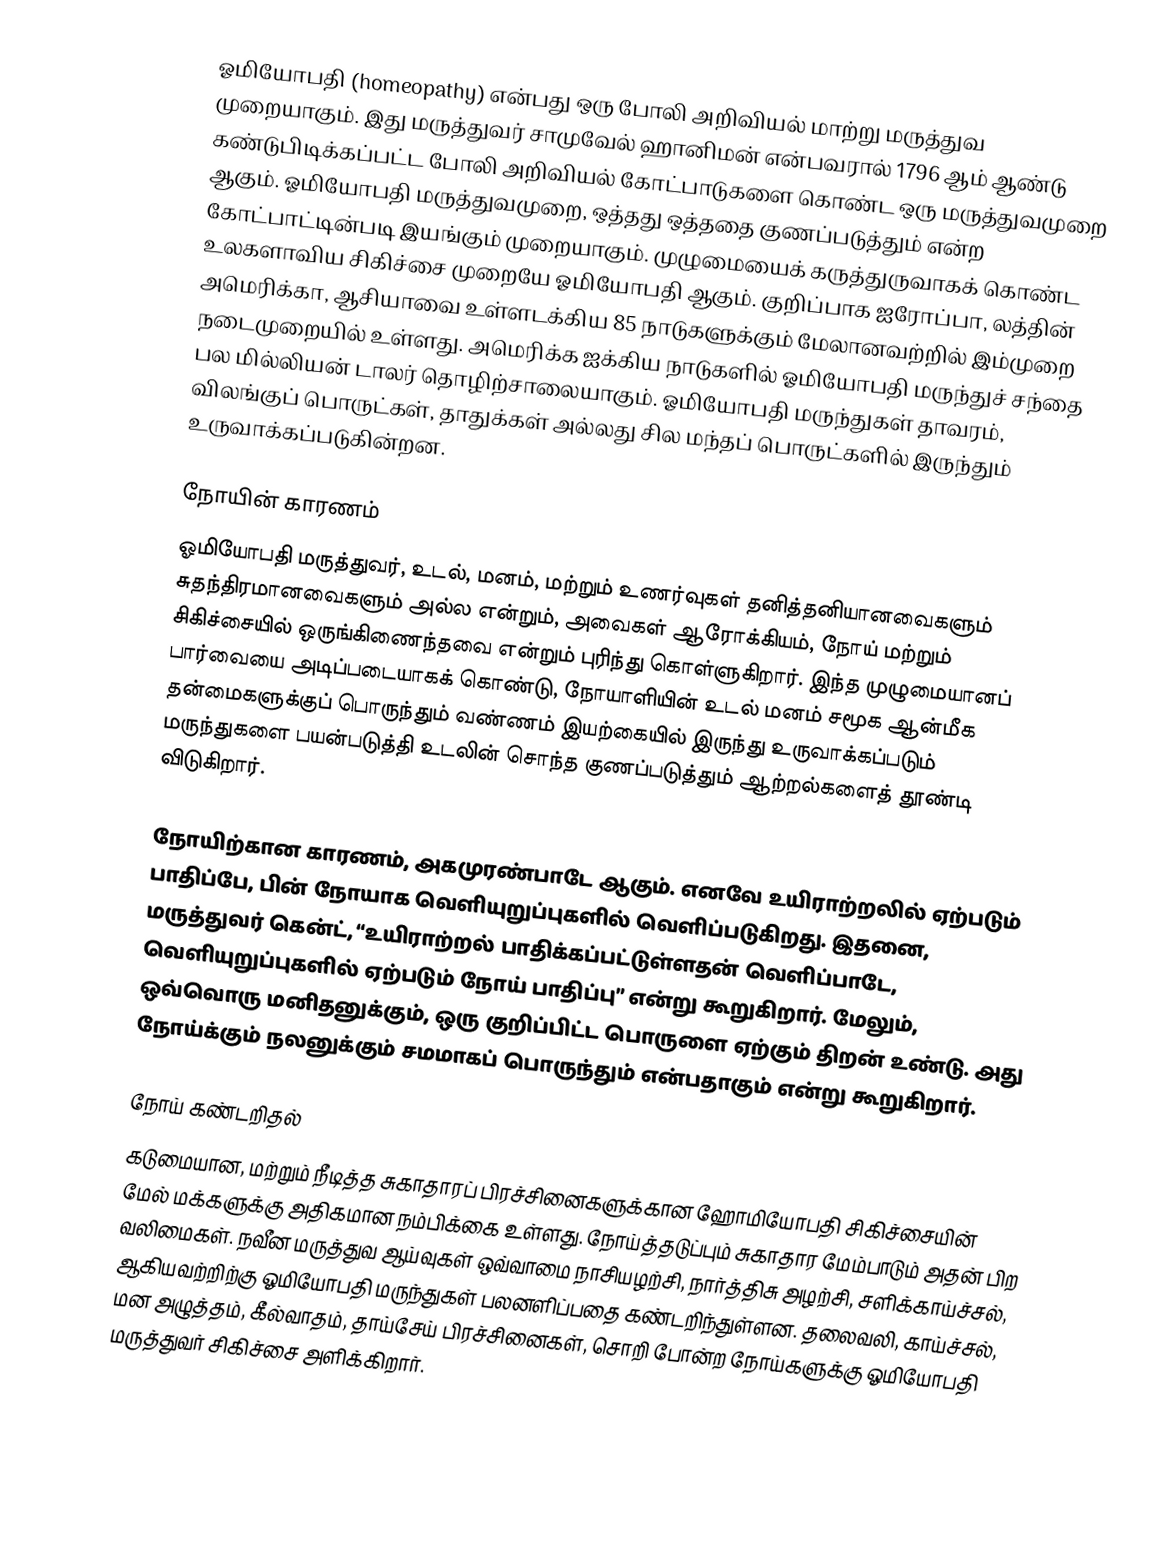
ஓமியோபதி (homeopathy) என்பது ஒரு போலி அறிவியல் மாற்று மருத்துவ முறையாகும். இது மருத்துவர் சாமுவேல் ஹானிமன் என்பவரால் 1796 ஆம் ஆண்டு கண்டுபிடிக்கப்பட்ட போலி அறிவியல் கோட்பாடுகளை கொண்ட ஒரு மருத்துவமுறை ஆகும். ஓமியோபதி மருத்துவமுறை, ஒத்தது ஒத்ததை குணப்படுத்தும் என்ற கோட்பாட்டின்படி இயங்கும் முறையாகும். முழுமையைக் கருத்துருவாகக் கொண்ட உலகளாவிய சிகிச்சை முறையே ஓமியோபதி ஆகும். குறிப்பாக  ஐரோப்பா, லத்தின் அமெரிக்கா, ஆசியாவை உள்ளடக்கிய 85 நாடுகளுக்கும் மேலானவற்றில்  இம்முறை நடைமுறையில் உள்ளது. அமெரிக்க ஐக்கிய நாடுகளில் ஓமியோபதி மருந்துச் சந்தை பல மில்லியன் டாலர் தொழிற்சாலையாகும். ஓமியோபதி மருந்துகள் தாவரம், விலங்குப் பொருட்கள், தாதுக்கள் அல்லது சில மந்தப் பொருட்களில் இருந்தும் உருவாக்கப்படுகின்றன.

நோயின் காரணம்
ஓமியோபதி மருத்துவர், உடல், மனம், மற்றும் உணர்வுகள் தனித்தனியானவைகளும் சுதந்திரமானவைகளும் அல்ல என்றும், அவைகள் ஆரோக்கியம், நோய் மற்றும் சிகிச்சையில் ஒருங்கிணைந்தவை என்றும் புரிந்து கொள்ளுகிறார். இந்த முழுமையானப் பார்வையை அடிப்படையாகக் கொண்டு, நோயாளியின் உடல் மனம் சமூக ஆன்மீக தன்மைகளுக்குப் பொருந்தும் வண்ணம் இயற்கையில் இருந்து உருவாக்கப்படும் மருந்துகளை பயன்படுத்தி உடலின் சொந்த குணப்படுத்தும் ஆற்றல்களைத் தூண்டி விடுகிறார்.

நோயிற்கான காரணம், அகமுரண்பாடே ஆகும். எனவே உயிராற்றலில் ஏற்படும் பாதிப்பே, பின் நோயாக வெளியுறுப்புகளில் வெளிப்படுகிறது. இதனை, மருத்துவர் கென்ட், “உயிராற்றல் பாதிக்கப்பட்டுள்ளதன் வெளிப்பாடே, வெளியுறுப்புகளில் ஏற்படும் நோய் பாதிப்பு” என்று கூறுகிறார். மேலும், ஒவ்வொரு மனிதனுக்கும், ஒரு குறிப்பிட்ட பொருளை ஏற்கும் திறன் உண்டு. அது நோய்க்கும் நலனுக்கும் சமமாகப் பொருந்தும் என்பதாகும் என்று கூறுகிறார்.

நோய் கண்டறிதல்
கடுமையான, மற்றும் நீடித்த சுகாதாரப் பிரச்சினைகளுக்கான ஹோமியோபதி சிகிச்சையின்  மேல் மக்களுக்கு அதிகமான நம்பிக்கை உள்ளது. நோய்த்தடுப்பும் சுகாதார மேம்பாடும் அதன் பிற வலிமைகள். நவீன மருத்துவ ஆய்வுகள் ஒவ்வாமை நாசியழற்சி, நார்த்திசு அழற்சி, சளிக்காய்ச்சல்,  ஆகியவற்றிற்கு ஓமியோபதி மருந்துகள் பலனளிப்பதை கண்டறிந்துள்ளன. தலைவலி, காய்ச்சல், மன அழுத்தம், கீல்வாதம், தாய்சேய் பிரச்சினைகள், சொறி போன்ற நோய்களுக்கு ஓமியோபதி மருத்துவர் சிகிச்சை அளிக்கிறார்.